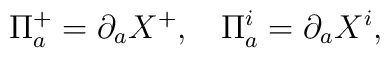
\Pi^{+}_a = \partial_a X^+, \hspace{3mm}  \, \Pi^i_a = \partial_{a} X^i,